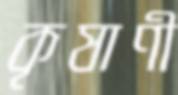
কৃষাণী